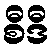
စီဒီ